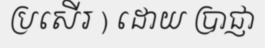
ប្រសើរ ) ដោយ ប្រាជ្ញា